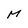
Character: M